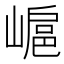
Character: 𡻮